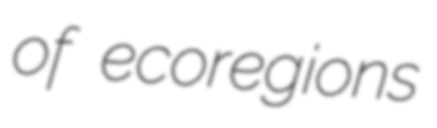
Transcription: of ecoregions